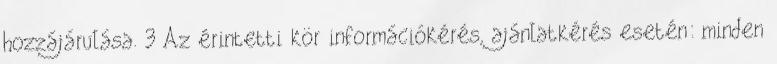
hozzájárulása. 3 Az érintetti kör információkérés, ajánlatkérés esetén: minden